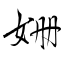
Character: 姗